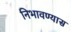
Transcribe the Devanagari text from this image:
निभावण्यास